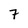
Character: 7